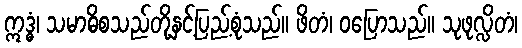
ဣဒ္ဓံ၊ သမာဓိစသည်တို့နှင့်ပြည့်စုံသည်။ ဖိတံ၊ ဝပြောသည်။ သုဖုလ္လိတံ၊